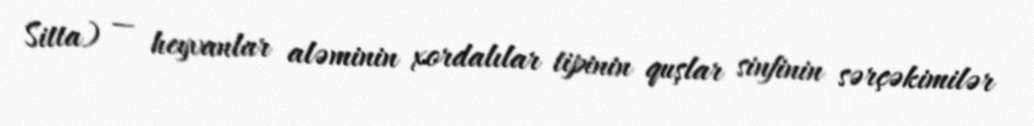
Sitta) — heyvanlar aləminin xordalılar tipinin quşlar sinfinin sərçəkimilər